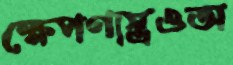
ক্ষেপণাস্ত্রওঅ